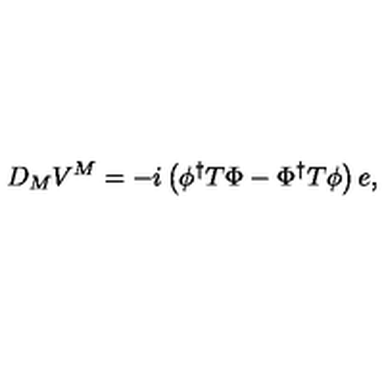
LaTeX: D _ { M } V ^ { M } = - i \left( \phi ^ { \dagger } T \Phi - \Phi ^ { \dagger } T \phi \right) e ,